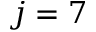
j = 7